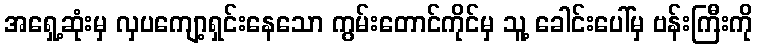
အရှေ့ဆုံးမှ လှပကျော့ရှင်းနေသော ကွမ်းတောင်ကိုင်မှ သူ့ ခေါင်းပေါ်မှ ဗန်းကြီးကို